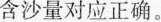
含沙量对应正确。